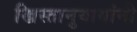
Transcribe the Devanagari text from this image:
ख्रिस्तानुयायांनी